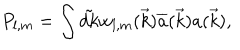
P _ { l , m } = \int { \tilde { d k } } w _ { l , m } ( \vec { k } ) { \overline { { { a } } } } ( \vec { k } ) a ( \vec { k } ) ,